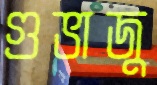
গুভাজু